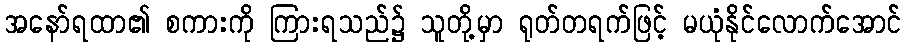
အနော်ရထာ၏ စကားကို ကြားရသည်၌ သူတို့မှာ ရုတ်တရက်ဖြင့် မယုံနိုင်လောက်အောင်